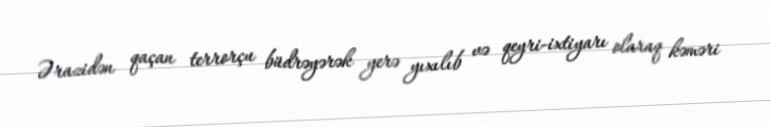
Ərazidən qaçan terrorçu büdrəyərək yerə yıxılıb və qeyri-ixtiyarı olaraq kəməri